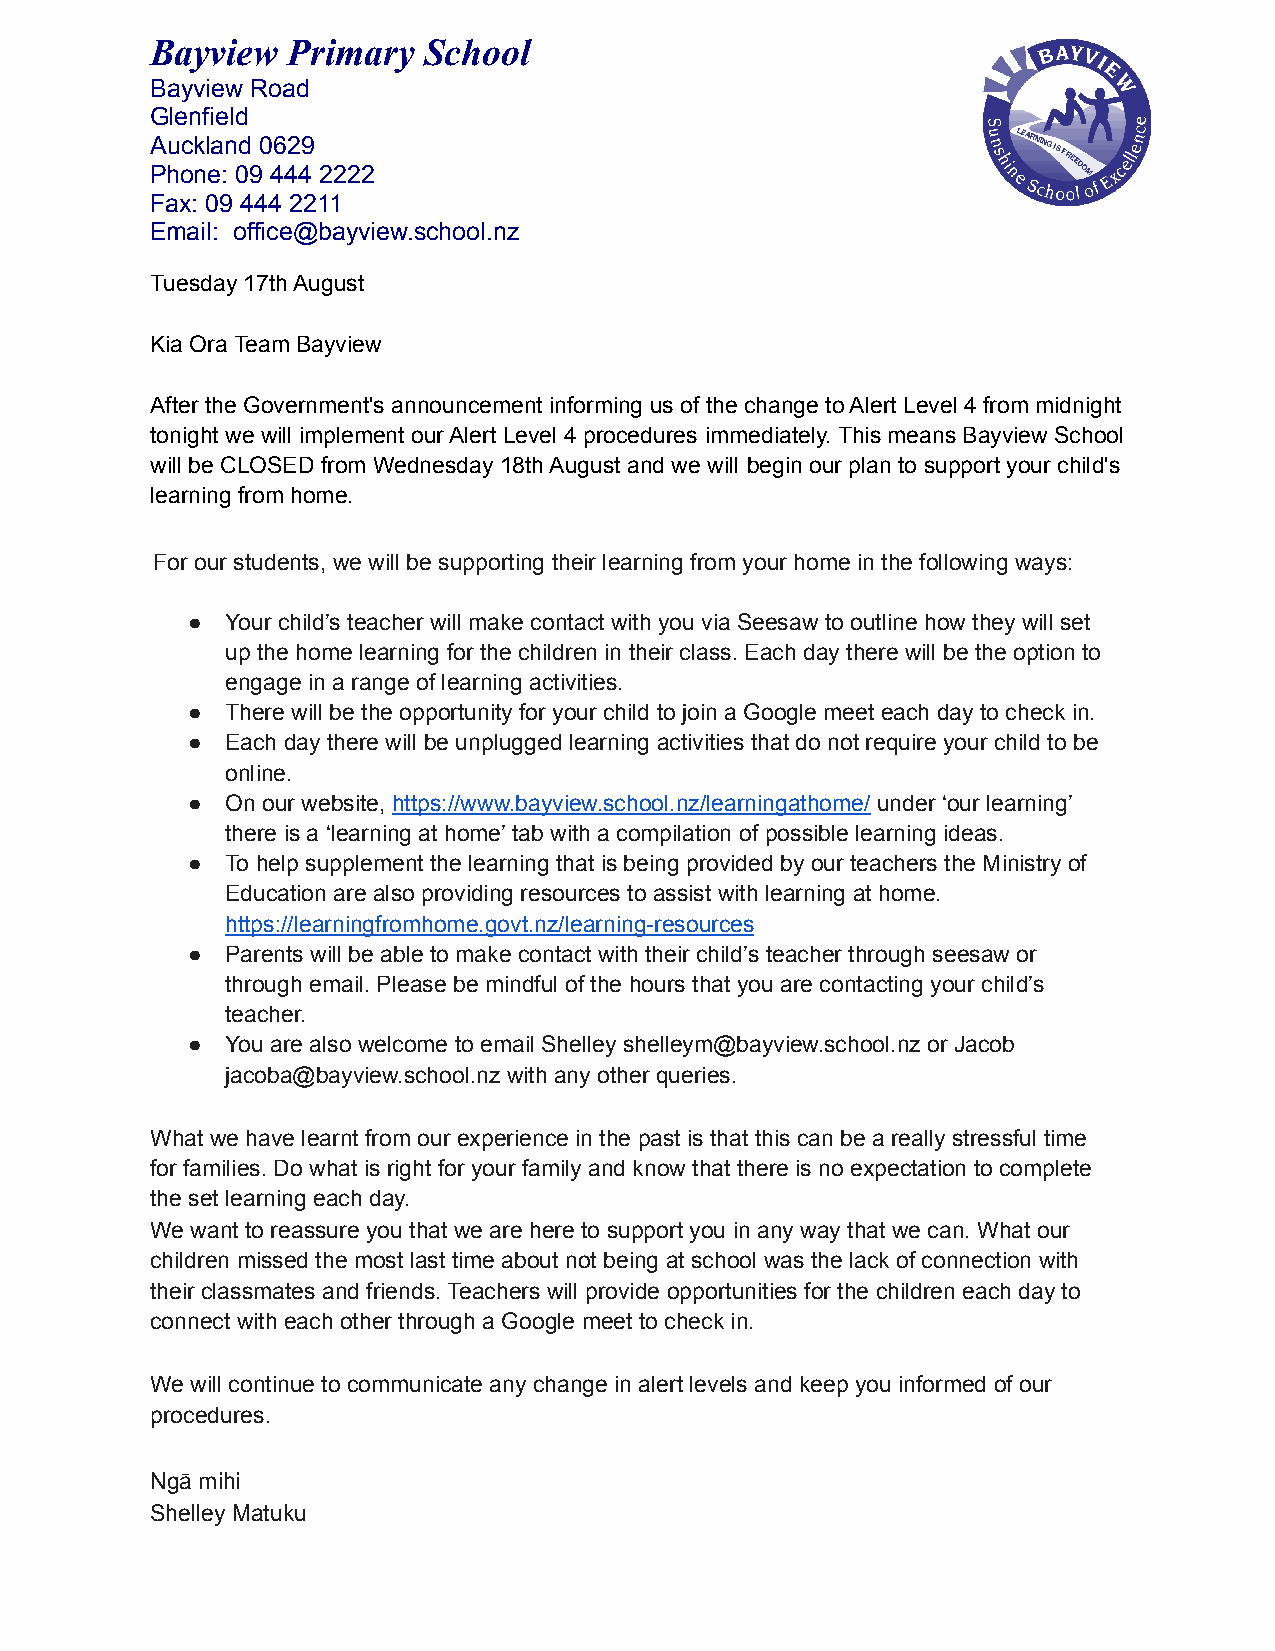
Bayview  Primary  School
 Bayview Road
 Glenfield
 Auckland 0629
 Phone: 09 444 2222
 Fax: 09 444 2211
 Email: office@bayview.school.nz
 Tuesday 17th August
 Kia Ora Team Bayview
 After the Government's announcement informing us of the change to Alert Level 4 from midnight
 tonight we will implement our Alert Level 4 procedures immediately. This means Bayview School
 will be CLOSED from Wednesday 18th August and we will begin our plan to support your child's
 learning from home.
 For our students, we will be supporting their learning from your home in the following ways:
 ●  Your child’s teacher will make contact with you via Seesaw to outline how they will set
 up the home learning for the children in their class. Each day there will be the option to
 engage in a range of learning activities.
 ●  There will be the opportunity for your child to join a Google meet each day to check in.
 ●  Each day there will be unplugged learning activities that do not require your child to be
 online.
 ●  On our website, https://www.bayview.school.nz/learningathome/ under ‘our learning’
 there is a ‘learning at home’ tab with a compilation of possible learning ideas.
 ●  To help supplement the learning that is being provided by our teachers the Ministry of
 Education are also providing resources to assist with learning at home.
 https://learningfromhome.govt.nz/learning-resources
 ●  Parents will be able to make contact with their child’s teacher through seesaw or
 through email. Please be mindful of the hours that you are contacting your child’s
 teacher.
 ●  You are also welcome to email Shelley shelleym@bayview.school.nz or Jacob
 jacoba@bayview.school.nz with any other queries.
 What we have learnt from our experience in the past is that this can be a really stressful time
 for families. Do what is right for your family and know that there is no expectation to complete
 the set learning each day.
 We want to reassure you that we are here to support you in any way that we can. What our
 children missed the most last time about not being at school was the lack of connection with
 their classmates and friends. Teachers will provide opportunities for the children each day to
 connect with each other through a Google meet to check in.
 We will continue to communicate any change in alert levels and keep you informed of our
 procedures.
 Ngā mihi
 Shelley Matuku